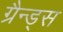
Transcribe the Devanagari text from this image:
ग्रैन्ड्स